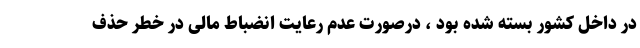
در داخل کشور بسته شده بود ، درصورت عدم رعایت انضباط مالی در خطر حذف